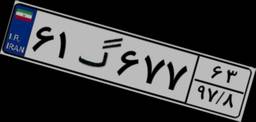
۴۶گ۷۹۲۷۴